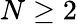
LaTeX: N\ge 2